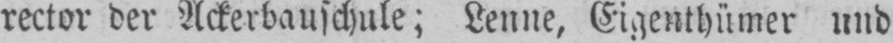
rector der Ackerbauschule; Lenne, Eigenthümer und